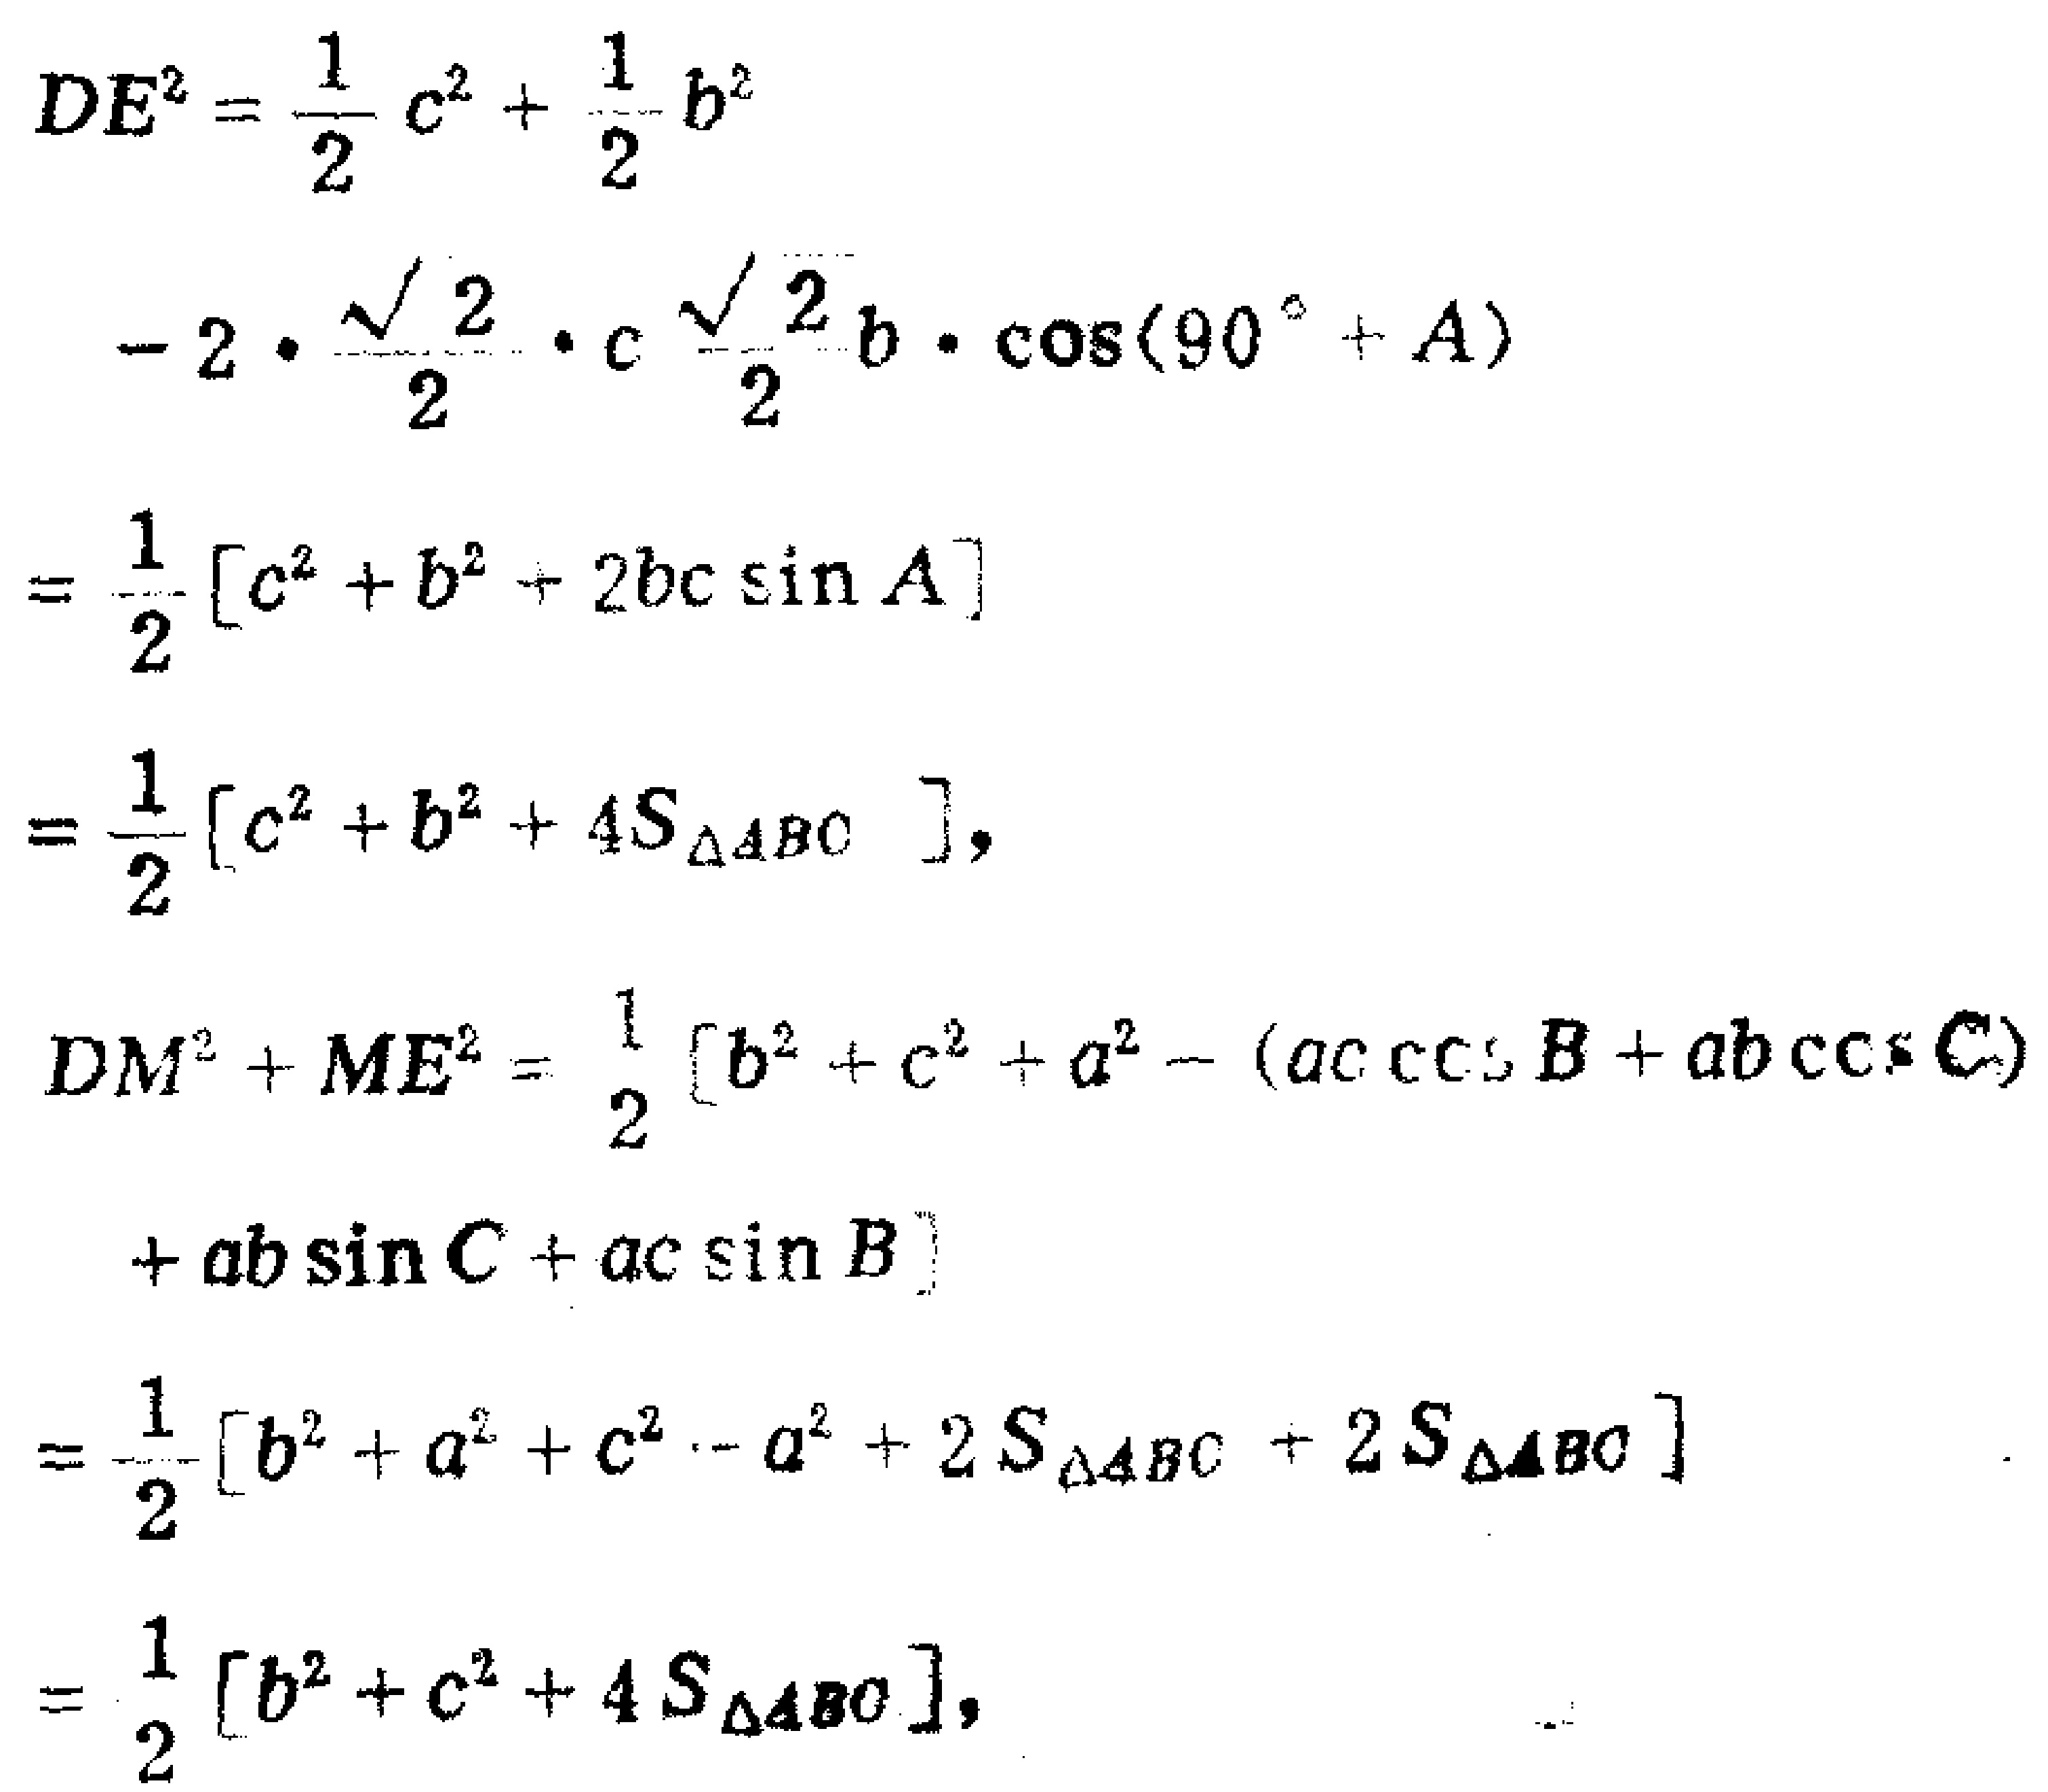
\begin{align*}

DE^{2}&=\frac{1}{2}c^{2}+\frac{1}{2}b^{2}\\

&-2\cdot\frac{\sqrt{2}}{2}\cdot c\frac{\sqrt{2}}{2}b\cdot\cos(90^{\circ}+A)\\

&=\frac{1}{2}[c^{2}+b^{2}+2bc\sin A]\\

&=\frac{1}{2}[c^{2}+b^{2}+4S_{\triangle ABC}],\\

DM^{2}+ME^{2}&=\frac{1}{2}[b^{2}+c^{2}+a^{2}-(ac\cos B + ab\cos C)\\

&+ab\sin C + ac\sin B]\\

&=\frac{1}{2}[b^{2}+a^{2}+c^{2}-a^{2}+2S_{\triangle ABC}+2S_{\triangle ABC}]\\

&=\frac{1}{2}[b^{2}+c^{2}+4S_{\triangle ABC}],

\end{align*}